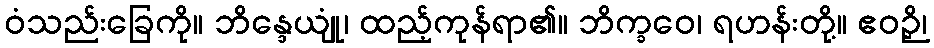
ဝံသည်းခြေကို။ ဘိန္ဒေယျုံ၊ ထည့်ကုန်ရာ၏။ ဘိက္ခဝေ၊ ရဟန်းတို့။ ဧဝဉှိ၊